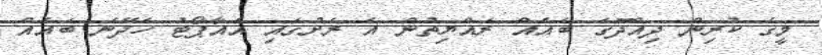
މީގެ ކުރިން ދިއްދޫގެ ބައެއް ރައްޔިތުން އެ ރަށުގައި އެއާޕޯޓު ހެދޭނެ ބައެއް